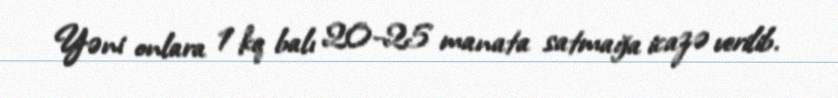
Yəni onlara 1 kq balı 20-25 manata satmağa icazə verilib.